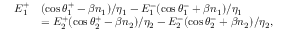
\begin{array} { r l } { E _ { 1 } ^ { + } } & { ( \cos \theta _ { 1 } ^ { + } - \beta n _ { 1 } ) / \eta _ { 1 } - E _ { 1 } ^ { - } ( \cos \theta _ { 1 } ^ { - } + \beta n _ { 1 } ) / \eta _ { 1 } } \\ & { = E _ { 2 } ^ { + } ( \cos \theta _ { 2 } ^ { + } - \beta n _ { 2 } ) / \eta _ { 2 } - E _ { 2 } ^ { - } ( \cos \theta _ { 2 } ^ { - } + \beta n _ { 2 } ) / \eta _ { 2 } , } \end{array}